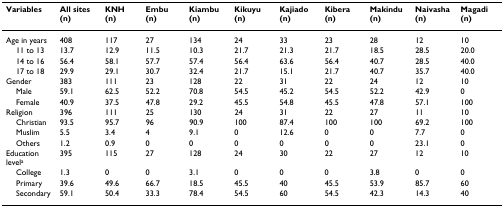
| Variables | All sites (n) | KNH (n) | Embu (n) | Kiambu (n) | Kikuyu (n) | Kajiado (n) | Kibera (n) | Makindu (n) | Naivasha (n) | Magadi (n) |
 | --- | --- | --- | --- | --- | --- | --- | --- | --- | --- | --- |
 | Age in years | 408 | 117 | 27 | 134 | 24 | 33 | 23 | 28 | 12 | 10 |
 | 11 to 13 | 13.7 | 12.9 | 11.5 | 10.3 | 21.7 | 21.3 | 21.7 | 18.5 | 28.5 | 20.0 |
 | 14 to 16 | 56.4 | 58.1 | 57.7 | 57.4 | 56.4 | 63.6 | 56.4 | 40.7 | 28.5 | 40.0 |
 | 17 to 18 | 29.9 | 29.1 | 30.7 | 32.4 | 21.7 | 15.1 | 21.7 | 40.7 | 35.7 | 40.0 |
 | Gender | 383 | 111 | 23 | 128 | 22 | 31 | 22 | 24 | 12 | 10 |
 | Male | 59.1 | 62.5 | 52.2 | 70.8 | 54.5 | 45.2 | 54.5 | 52.2 | 42.9 | 0 |
 | Female | 40.9 | 37.5 | 47.8 | 29.2 | 45.5 | 54.8 | 45.5 | 47.8 | 57.1 | 100 |
 | Religion | 396 | 111 | 25 | 130 | 24 | 31 | 22 | 27 | 11 | 10 |
 | Christian | 93.5 | 95.7 | 96 | 90.9 | 100 | 87.4 | 100 | 100 | 69.2 | 100 |
 | Muslim | 5.5 | 3.4 | 4 | 9.1 | 0 | 12.6 | 0 | 0 | 7.7 | 0 |
 | Others | 1.2 | 0.9 | 0 | 0 | 0 | 0 | 0 | 0 | 23.1 | 0 |
 | Education levela | 395 | 115 | 27 | 128 | 24 | 30 | 22 | 27 | 12 | 10 |
 | College | 1.3 | 0 | 0 | 3.1 | 0 | 0 | 0 | 3.8 | 0 | 0 |
 | Primary | 39.6 | 49.6 | 66.7 | 18.5 | 45.5 | 40 | 45.5 | 53.9 | 85.7 | 60 |
 | Secondary | 59.1 | 50.4 | 33.3 | 78.4 | 54.5 | 60 | 54.5 | 42.3 | 14.3 | 40 |